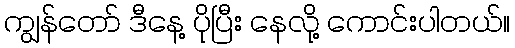
ကျွန်တော် ဒီနေ့ ပိုပြီး နေလို့ ကောင်းပါတယ်။